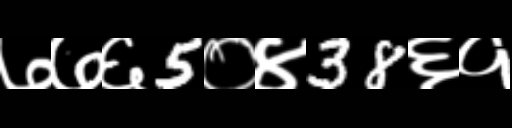
Text: ७७६5०४38६१